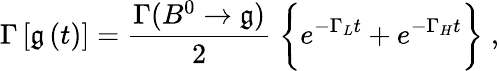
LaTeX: \Gamma\left[\mathfrak{g}\left(t\right)\right]=\frac{{\Gamma(B^{0}\rightarrow\mathfrak{g})}}{{2}}\; \bigg\{ e^{-\Gamma_{L}t}+e^{-\Gamma_{H}t}\bigg\} \; ,